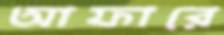
আফারে